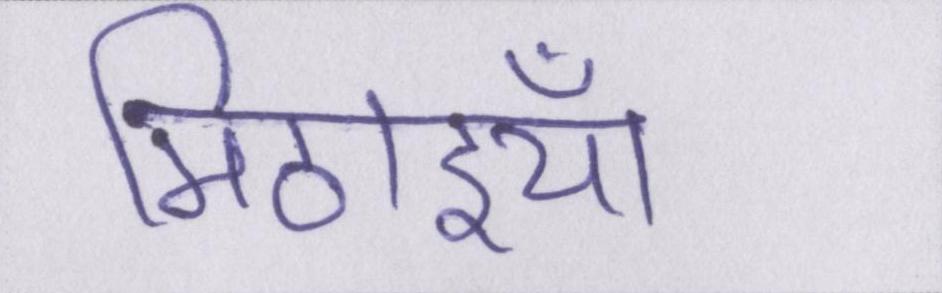
मिठाइयाँ